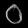
Digit: ၀